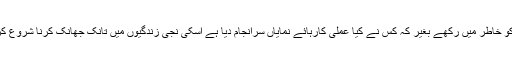
ہم اس بات کو خاطر میں رکھے بغیر کہ کس نے کیا عملی کارہائے نمایاں سرانجام دیا ہے اسکی نجی زندگیوں میں تانک جھانک کرنا شروع کردیتے ہیں ۔